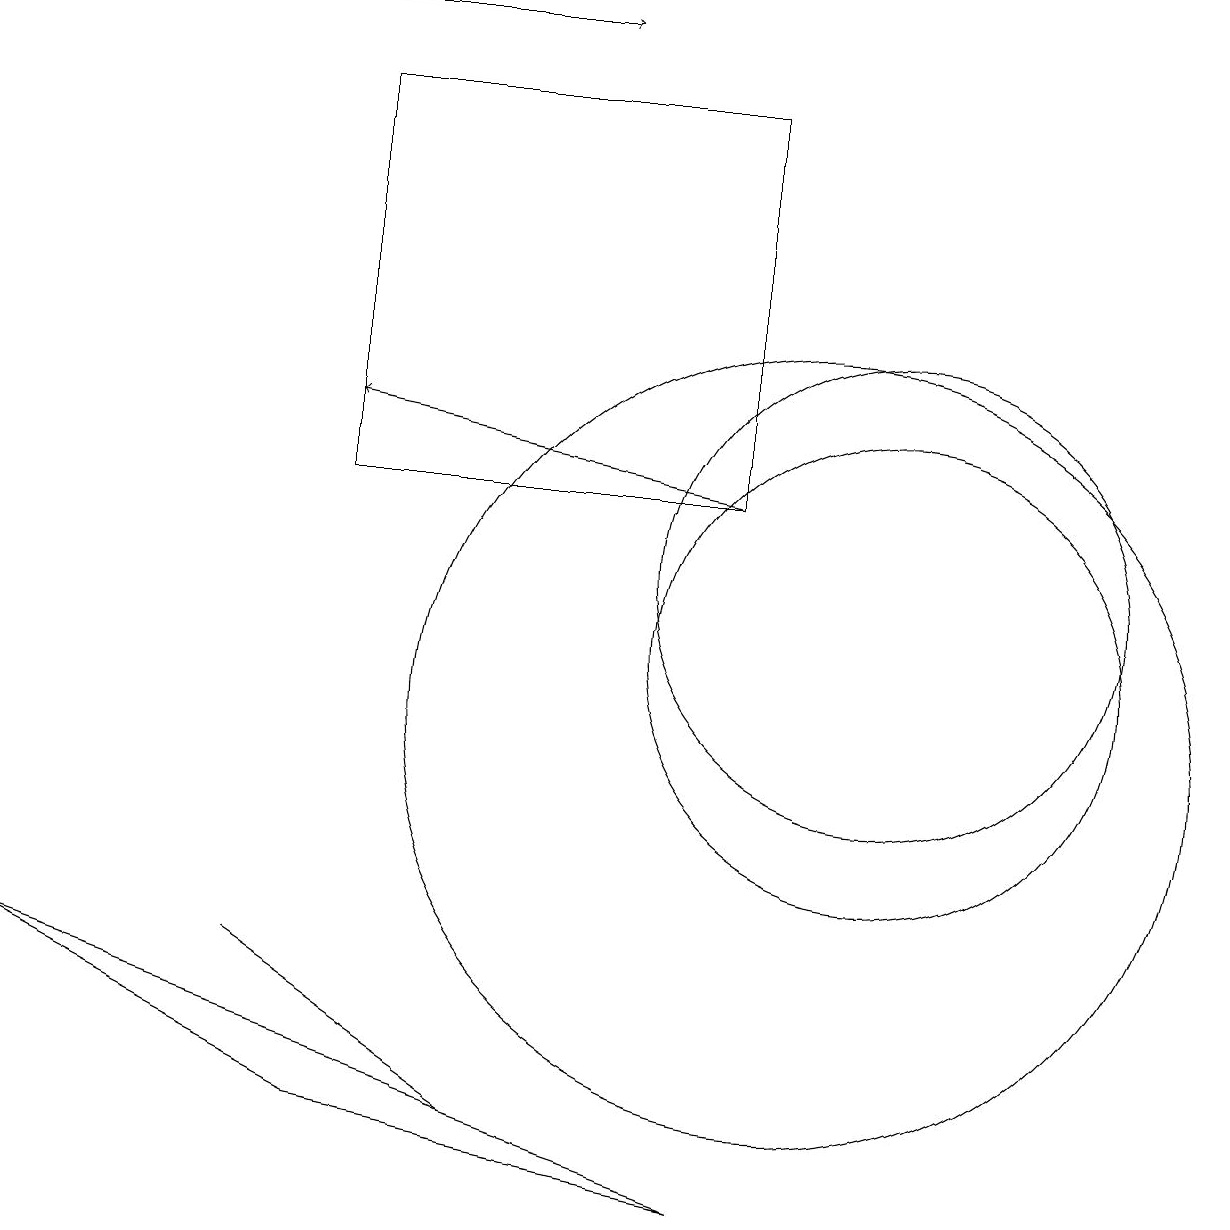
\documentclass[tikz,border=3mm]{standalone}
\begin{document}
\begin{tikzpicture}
\draw (0,7) -- (9,4) -- (4,5) -- cycle;
\draw (11,12) circle (3);
\draw[->] (3,19) -- (7,19);
\draw[->] (9,13) -- (4,14);
\draw (11,11) circle (3);
\draw (9,18) rectangle (4,13);
\draw (10,10) circle (5);
\draw (6,5) -- (3,7) -- (3,7) -- cycle;
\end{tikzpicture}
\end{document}